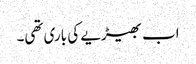
اب بھیڑیے کی باری تھی۔